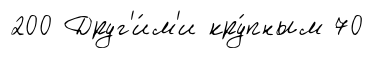
200 Друг'и́м'и кру́пным 70